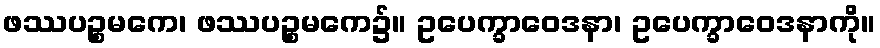
ဖဿပဉ္စမကေ၊ ဖဿပဉ္စမကေ၌။ ဥပေက္ခာဝေဒနာ၊ ဥပေက္ခာဝေဒနာကို။